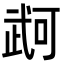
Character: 𭭫